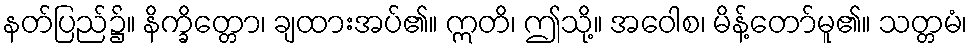
နတ်ပြည်၌။ နိက္ခိတ္တော၊ ချထားအပ်၏။ ဣတိ၊ ဤသို့။ အဝေါစ၊ မိန့်တော်မူ၏။ သတ္တမံ၊